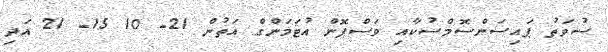
ސުވަތު ޕައިސަންސޮމްސުކާއި ވަސްޕޮން އުޓަމަންގް އަތުން 21- 10 15- 21 އަދި